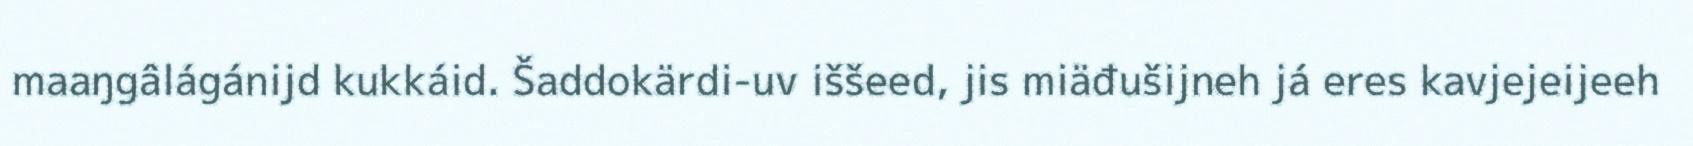
maaŋgâlágánijd kukkáid. Šaddokärdi-uv iššeed, jis miäđušijneh já eres kavjejeijeeh